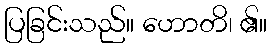
ပြခြင်းသည်။ ဟောတိ၊ ၏။